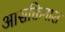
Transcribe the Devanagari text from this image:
आसक्तिनाश